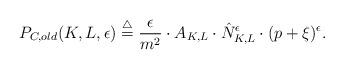
LaTeX: \begin{align*} P_{C,old}(K,L,\epsilon) \stackrel{\triangle}{=} \frac{\epsilon}{m^2} \cdot A_{K,L} \cdot \hat{N}_{K,L}^{\epsilon} \cdot (p + \xi)^\epsilon .\end{align*}